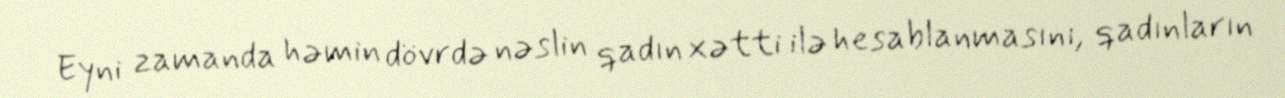
Eyni zamanda həmin dövrdə nəslin qadın xətti ilə hesablanmasını, qadınların